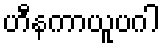
ဟီနကာယူပဂါ